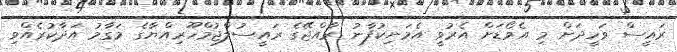
ރައީސް ވަހީދަށް މި އެވޯޑަށް އެރުވީ އެމަނިކުފާނު ރާއްޖޭގެ ރައީސުލްޖުމްހޫރިއްޔާގެ މަގާމު އަދާކުރެއްވި